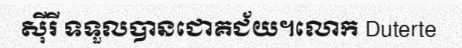
ស៊ីរី ទទួលបានជោគជ័យ។លោក Duterte